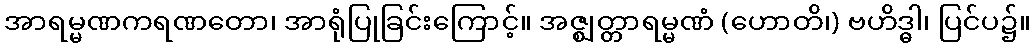
အာရမ္မဏကရဏတော၊ အာရုံပြုခြင်းကြောင့်။ အဇ္ဈတ္တာရမ္မဏံ (ဟောတိ၊) ဗဟိဒ္ဓါ၊ ပြင်ပ၌။